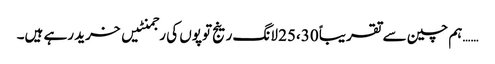
……ہم چین سے تقریباً 25،30 لانگ رینج توپوں کی رجمنٹیں خرید رہے ہیں۔